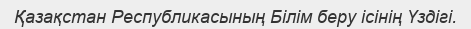
Қазақстан Республикасының Білім беру ісінің Үздігі.